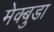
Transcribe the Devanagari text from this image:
मेक्बुडा